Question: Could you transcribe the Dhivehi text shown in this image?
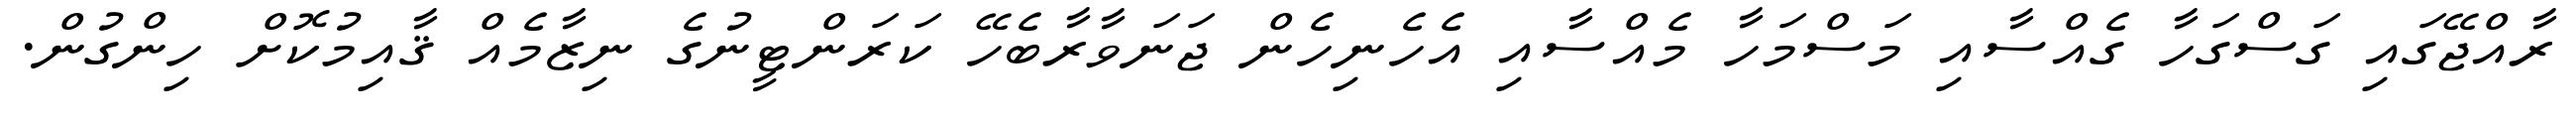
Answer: ރާއްޖޭގައި ގަސްގަހާ ގެއްސާއި މަސްމަހާ މެއްސާއި އެހެނިހެން ޖަނަވާރާބެހޭ ކަރަންޓީނުގެ ނިޒާމެއް ޤާއިމުކޮށް ހިންގުން.